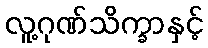
လူ့ဂုဏ်သိက္ခာနှင့်